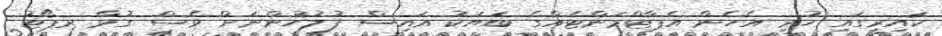
ކައިރީގައި ހުރި އެހެން އެޕާޓްމަންޓެއްގެ ބަޔަކު އައިސް ފުލުހުންނަށް ވެސް ގުޅާ ރޕޯޓު